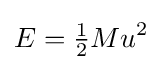
E={\tfrac {1}{2}}Mu^{2}